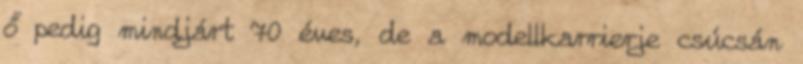
ő pedig mindjárt 70 éves, de a modellkarrierje csúcsán